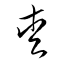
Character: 愛